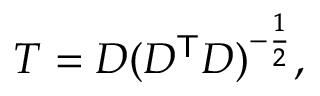
T = D ( D ^ { \mathsf { T } } D ) ^ { - { \frac { 1 } { 2 } } } ,